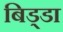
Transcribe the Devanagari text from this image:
बिड्डा